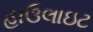
હાઉલાઇટ